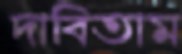
দাবিতাম